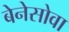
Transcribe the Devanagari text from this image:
बेनेसोवा